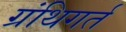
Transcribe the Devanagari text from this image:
ग्रंथिगर्त